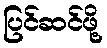
ပြင်ဆင်ဖို့